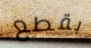
بقطع